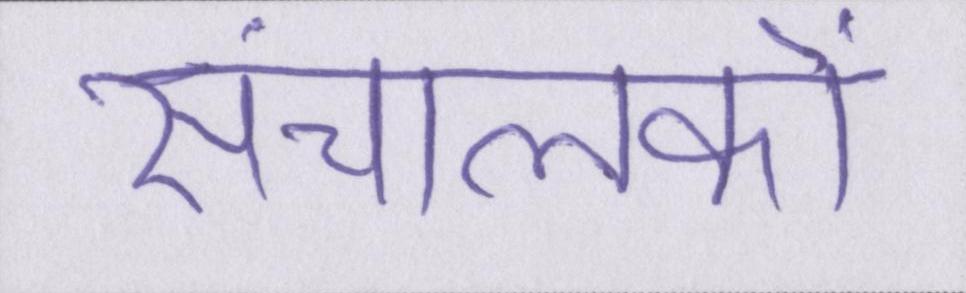
संचालकों